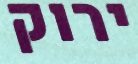
ירוק